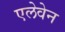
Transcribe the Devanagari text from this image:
एलेवेन